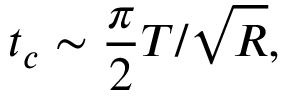
t _ { c } \sim \frac { \pi } { 2 } T / \sqrt { R } ,